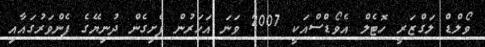
ވޯލްޑް ލަގްޒަރީ ހޮޓެލް އެވޯޑްސްއަކީ 2007 ވަނަ އަހަރުން ފެށިގެން ދުނިޔޭގެ ފެންވަރުގައާއި